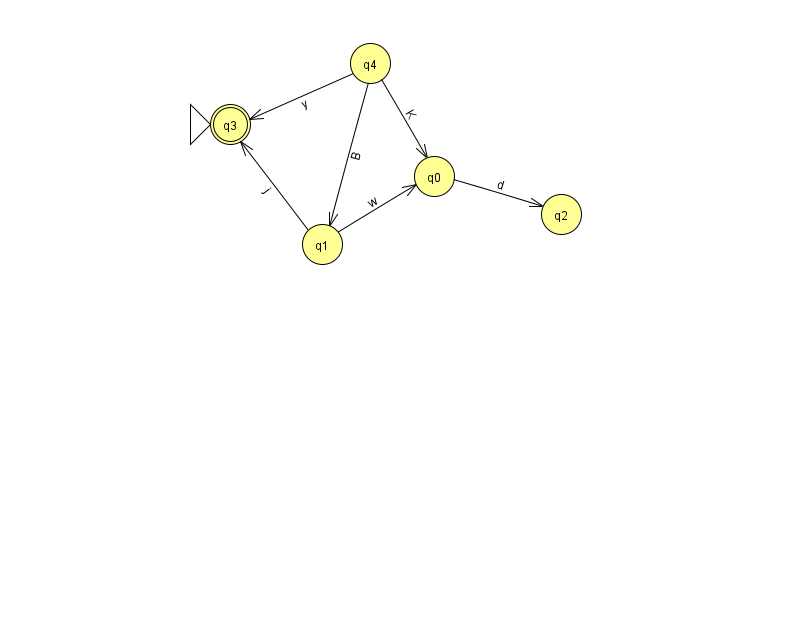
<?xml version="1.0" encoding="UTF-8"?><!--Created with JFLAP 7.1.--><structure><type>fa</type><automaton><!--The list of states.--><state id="0" name="q0"><x>434.0</x><y>163.0</y></state><state id="1" name="q1"><x>322.0</x><y>231.0</y></state><state id="2" name="q2"><x>561.0</x><y>201.0</y></state><state id="3" name="q3"><x>230.0</x><y>111.0</y><initial/><final/></state><state id="4" name="q4"><x>370.0</x><y>50.0</y></state><!--The list of transitions.--><transition><from>1</from><to>3</to><read>j</read></transition><transition><from>4</from><to>3</to><read>y</read></transition><transition><from>4</from><to>1</to><read>B</read></transition><transition><from>1</from><to>0</to><read>w</read></transition><transition><from>4</from><to>0</to><read>K</read></transition><transition><from>0</from><to>2</to><read>d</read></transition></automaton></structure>